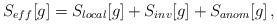
\begin{align*}S_{eff}[g] = S_{local}[g] + S_{inv}[g] + S_{anom}[g]\,,\end{align*}